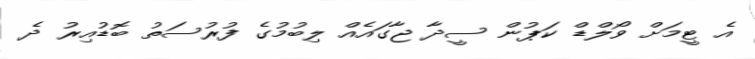
އެ ޓީމަށް ވޯލްޑް ކަޕުން ސީދާ ޖާގައެއް ލިބުމުގެ ފުރުސަތު ބޮޑުއިރު ދެ